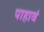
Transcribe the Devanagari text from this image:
पाहावं